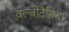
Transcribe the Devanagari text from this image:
वल्वोदैनिया